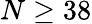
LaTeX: N\geq 38